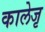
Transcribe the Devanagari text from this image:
कालेजृ